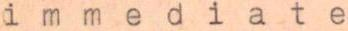
immediate